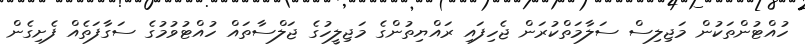
ހުއްޓުންތަކުން މަޖިލިސް ސަލާމަތްކުރަން ޖެހިފައި ރައްޔިތުންގެ މަޖިލީހުގެ ޖަލްސާތައް ހުއްޓުވުމުގެ ސަގާފަތެއް ފެށިގެން